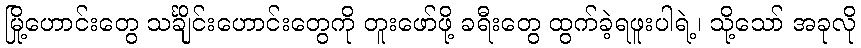
မြို့ဟောင်းတွေ သင်္ချိုင်းဟောင်းတွေကို တူးဖော်ဖို့ ခရီးတွေ ထွက်ခဲ့ရဖူးပါရဲ့၊ သို့သော် အခုလို